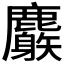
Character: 𪋧